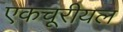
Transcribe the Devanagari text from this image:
एकचूरीयल